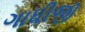
ગાધીજી